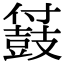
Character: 䵾